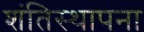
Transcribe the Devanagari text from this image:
शंतिस्थापना